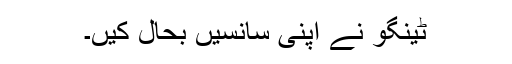
ٹینگو نے اپنی سانسیں بحال کیں۔